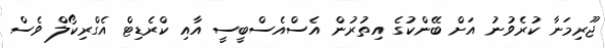
ޖޫރިމަނާ ކުރެވުނު އަށް ބޭންކުގެ އިތުރުން އެސްއެސްބީސީ އާއި ކްރެޑިޓް އެގްރިކޯލް ވެސް